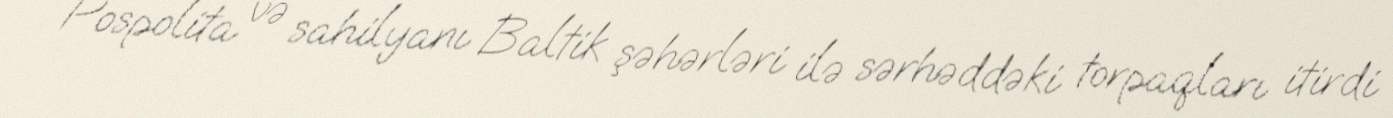
Pospolita və sahilyanı Baltik şəhərləri ilə sərhəddəki torpaqları itirdi